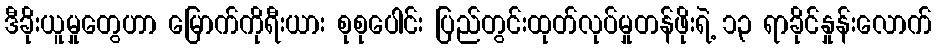
ဒီခိုးယူမှုတွေဟာ မြောက်ကိုရီးယား စုစုပေါင်း ပြည်တွင်းထုတ်လုပ်မှုတန်ဖိုးရဲ့ ၁၃ ရာခိုင်နှုန်းလောက်